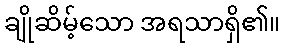
ချိုဆိမ့်သော အရသာရှိ၏။